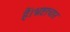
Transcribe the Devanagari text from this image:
हैं।भ्रष्टाचार